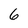
Character: 6